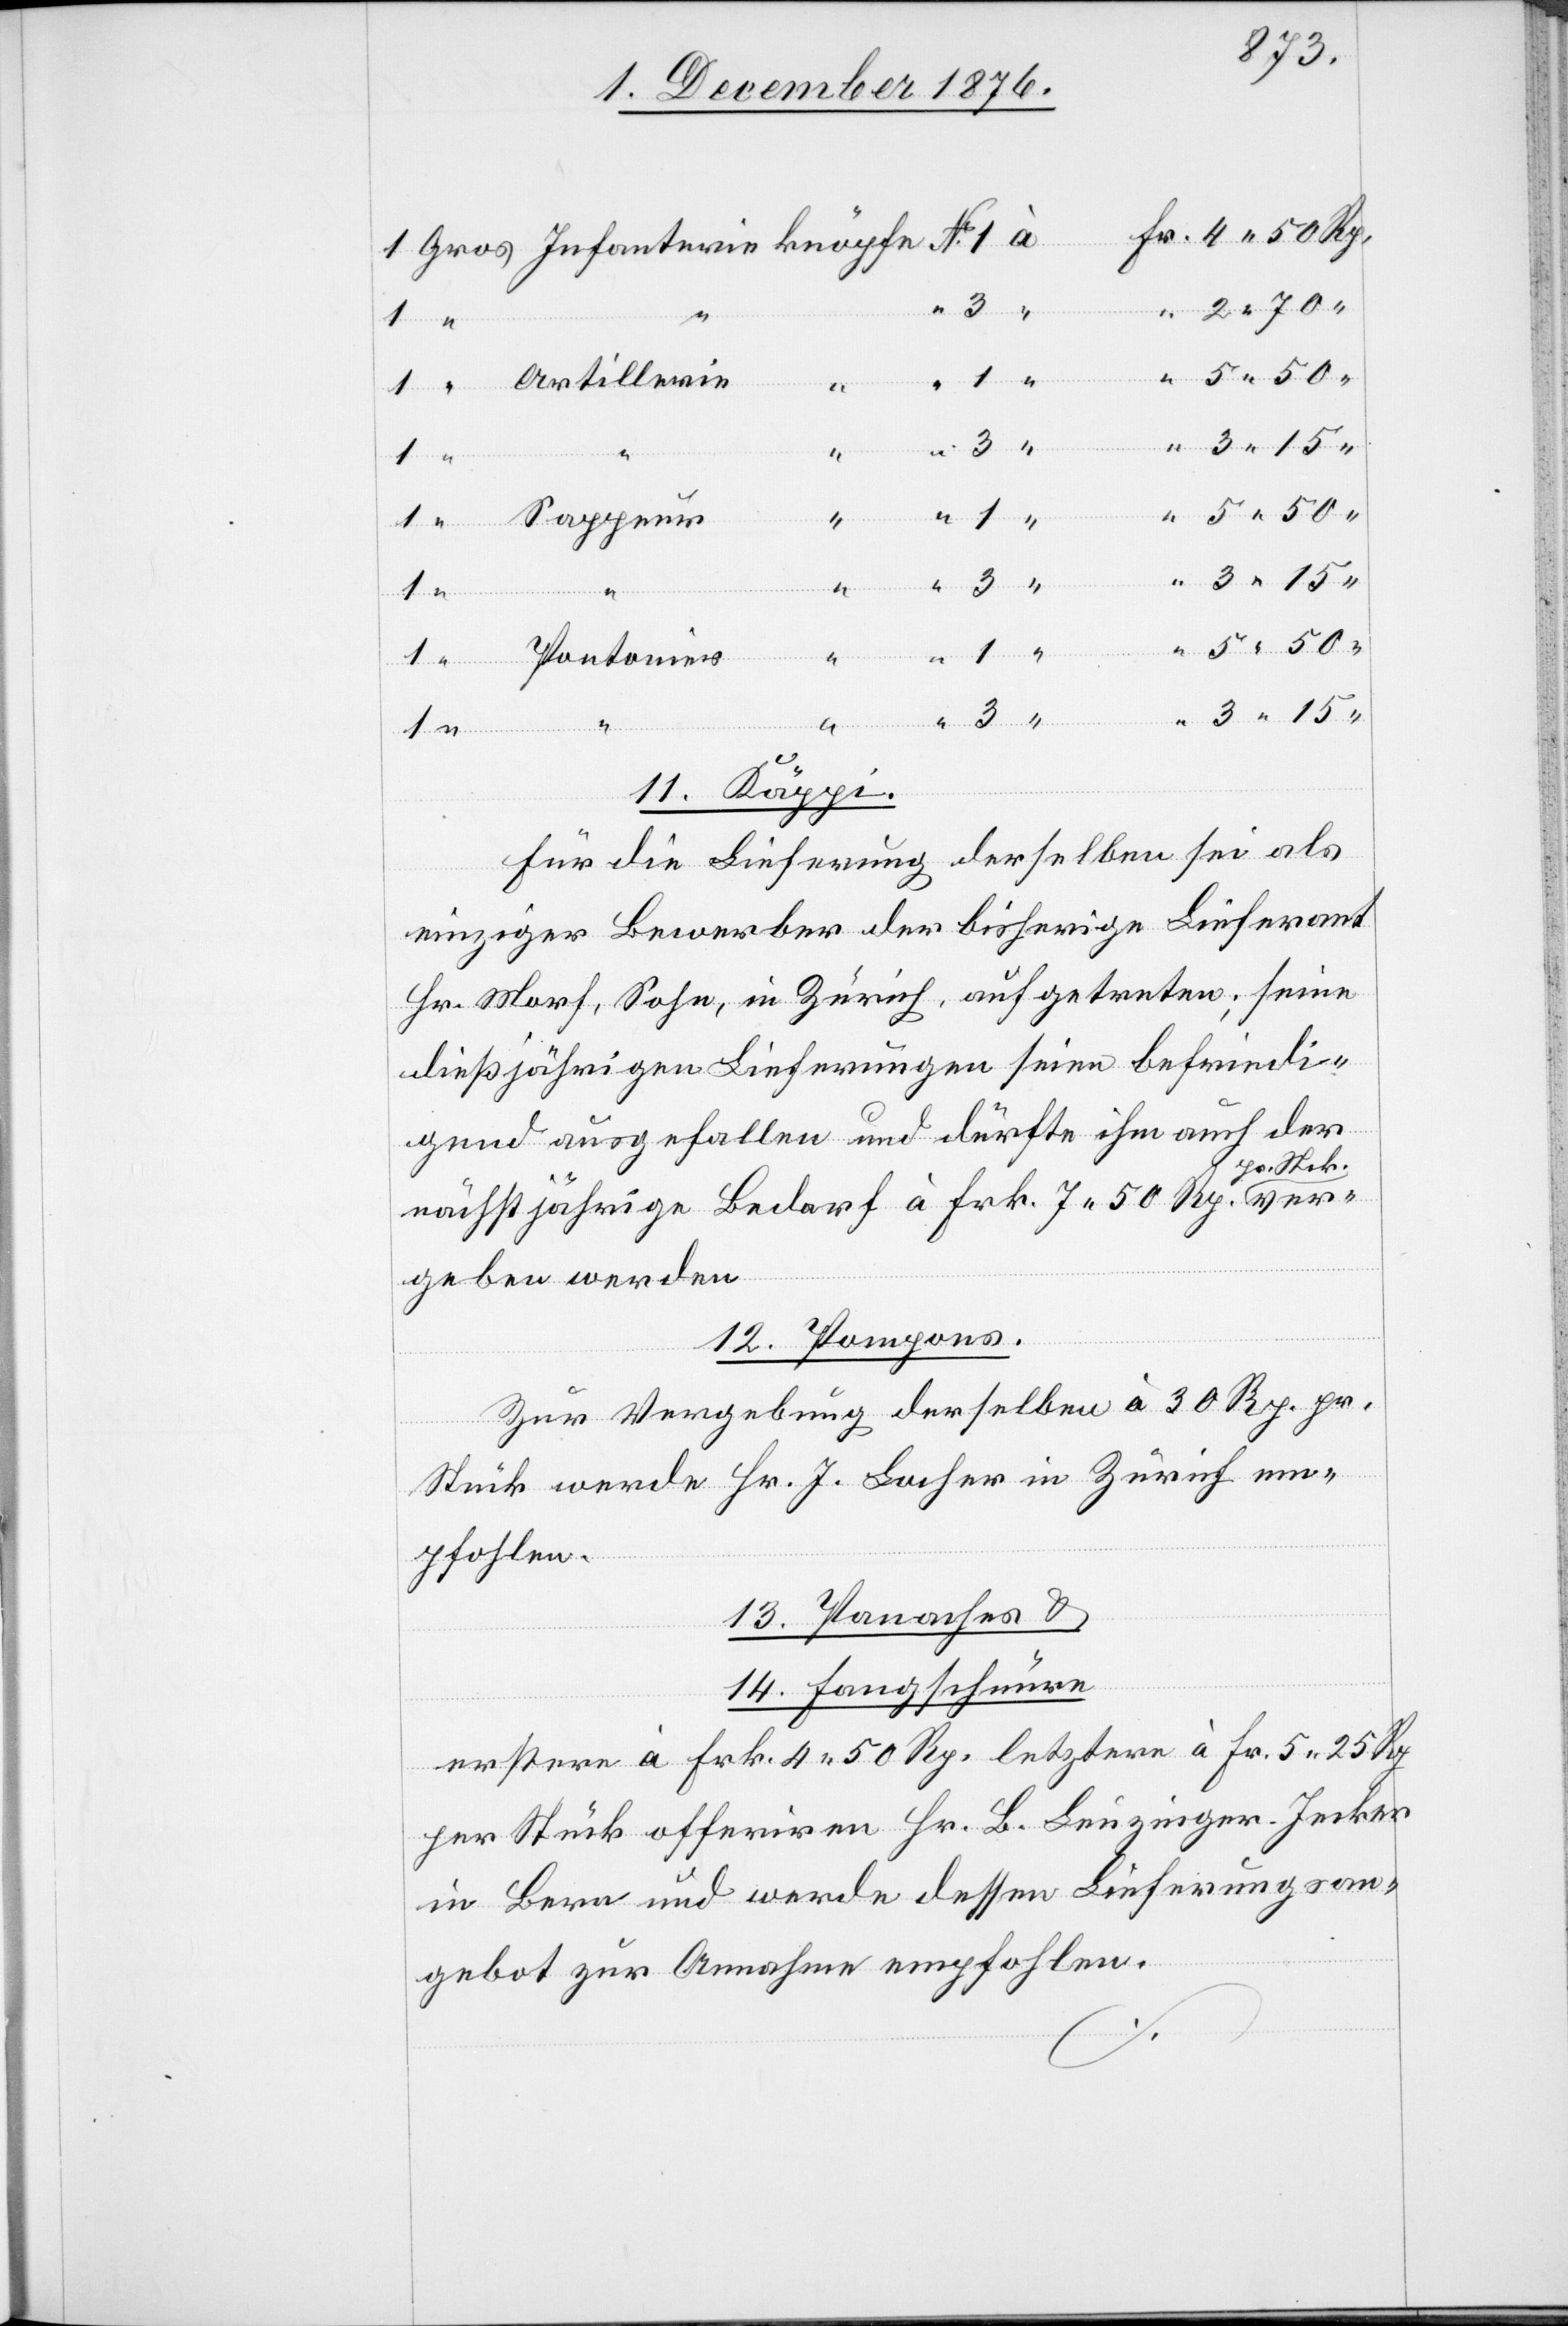
Infant¬
“
3
Artillerie
Sappeur
“
1
ver¬
Rp.
“
Pontonier
11. Käppi.
Für die Lieferung derselben sei als
einziger Bewerber der bisherige Lieferant
Hr. Morf, Sohn, in Zürich, aufgetreten; seine
dießjährigen Lieferungen seien befriedi¬
gend ausgefallen und dürfte ihm auch der
Stck.
nächstjährige Bedarf à Frk. 7 50 Rp. pr.
geben werden.
12. Pompons.
Zur Vergebung derselben à 30 Rp. pr.
Stück werde Hr. J. Locher in Zürich em¬
pfohlen.
13. Panaches &
14. Fangschnüre
erstere à Frk. 4 50 Rp. letztere à Fr. 5 25 Rp.
per Stück offeriren Hr. B. Leuzinger-Jecker
in Bern und werde dessen Lieferungsan¬
gebot zur Annahme empfohlen.